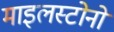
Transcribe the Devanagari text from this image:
माइलस्टोनो